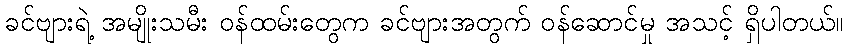
ခင်ဗျားရဲ့ အမျိုးသမီး ဝန်ထမ်းတွေက ခင်ဗျားအတွက် ဝန်ဆောင်မှု အသင့် ရှိပါတယ်။